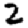
Digit: 2